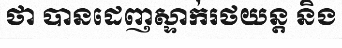
ថា បានដេញស្ទាក់រថយន្ត និង